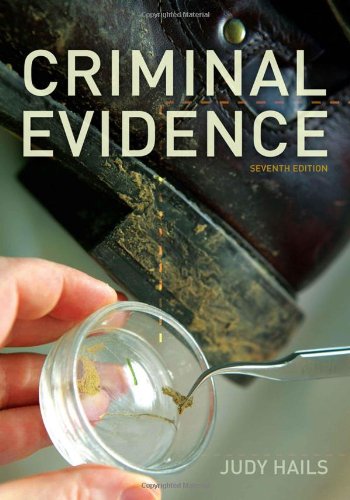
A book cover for Criminal Evidence; Judy Hails; Law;